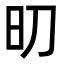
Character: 旫